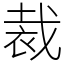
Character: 裁